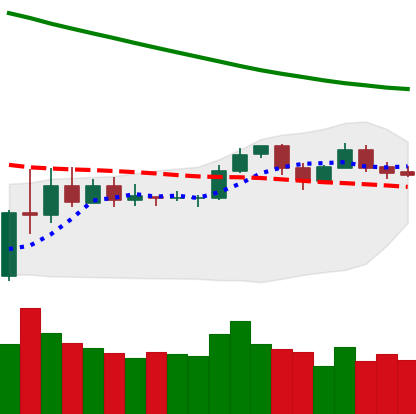
Ticker: LTC-USD
Chart end date: 2019-11-13
Forward return: -7.053%
Label: down_7plus